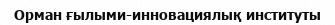
Орман ғылыми-инновациялық институты